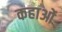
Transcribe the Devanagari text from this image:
कहाओं